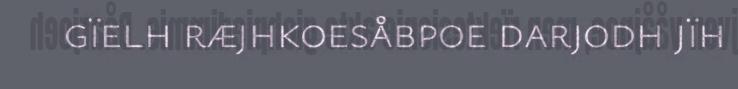
gïelh ræjhkoesåbpoe darjodh jïh